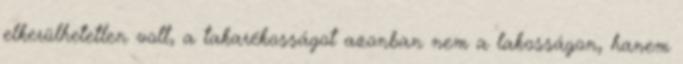
elkerülhetetlen volt, a takarékosságot azonban nem a lakosságon, hanem